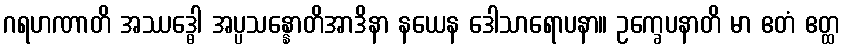
ဂရဟဏာတိ အဿဒ္ဓေါ အပ္ပသန္နောတိအာဒိနာ နယေန ဒေါသာရောပနာ။ ဥက္ခေပနာတိ မာ ဧတံ ဧတ္ထ